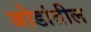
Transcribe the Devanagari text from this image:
जोडांतील